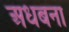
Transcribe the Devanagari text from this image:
अधबना